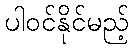
ပါဝင်နိုင်မည့်